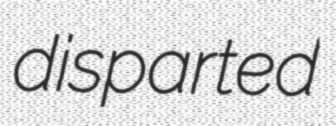
disparted